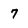
Character: 7